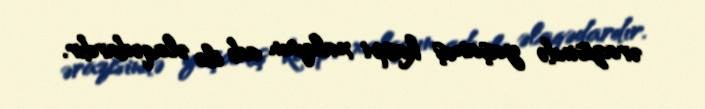
ərazisində yaşamış kaspi xalqının adı ilə əlaqədardır.